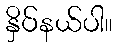
နှိပ်နယ်ပါ။